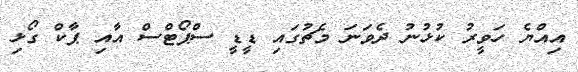
އިއްޔެ ހަވީރު ކުޅުނު ދެވަނަ މެޗުގައި ޑީޑީ ސްޕޯޓްސް އާއި ޕާކް ގޯޅި